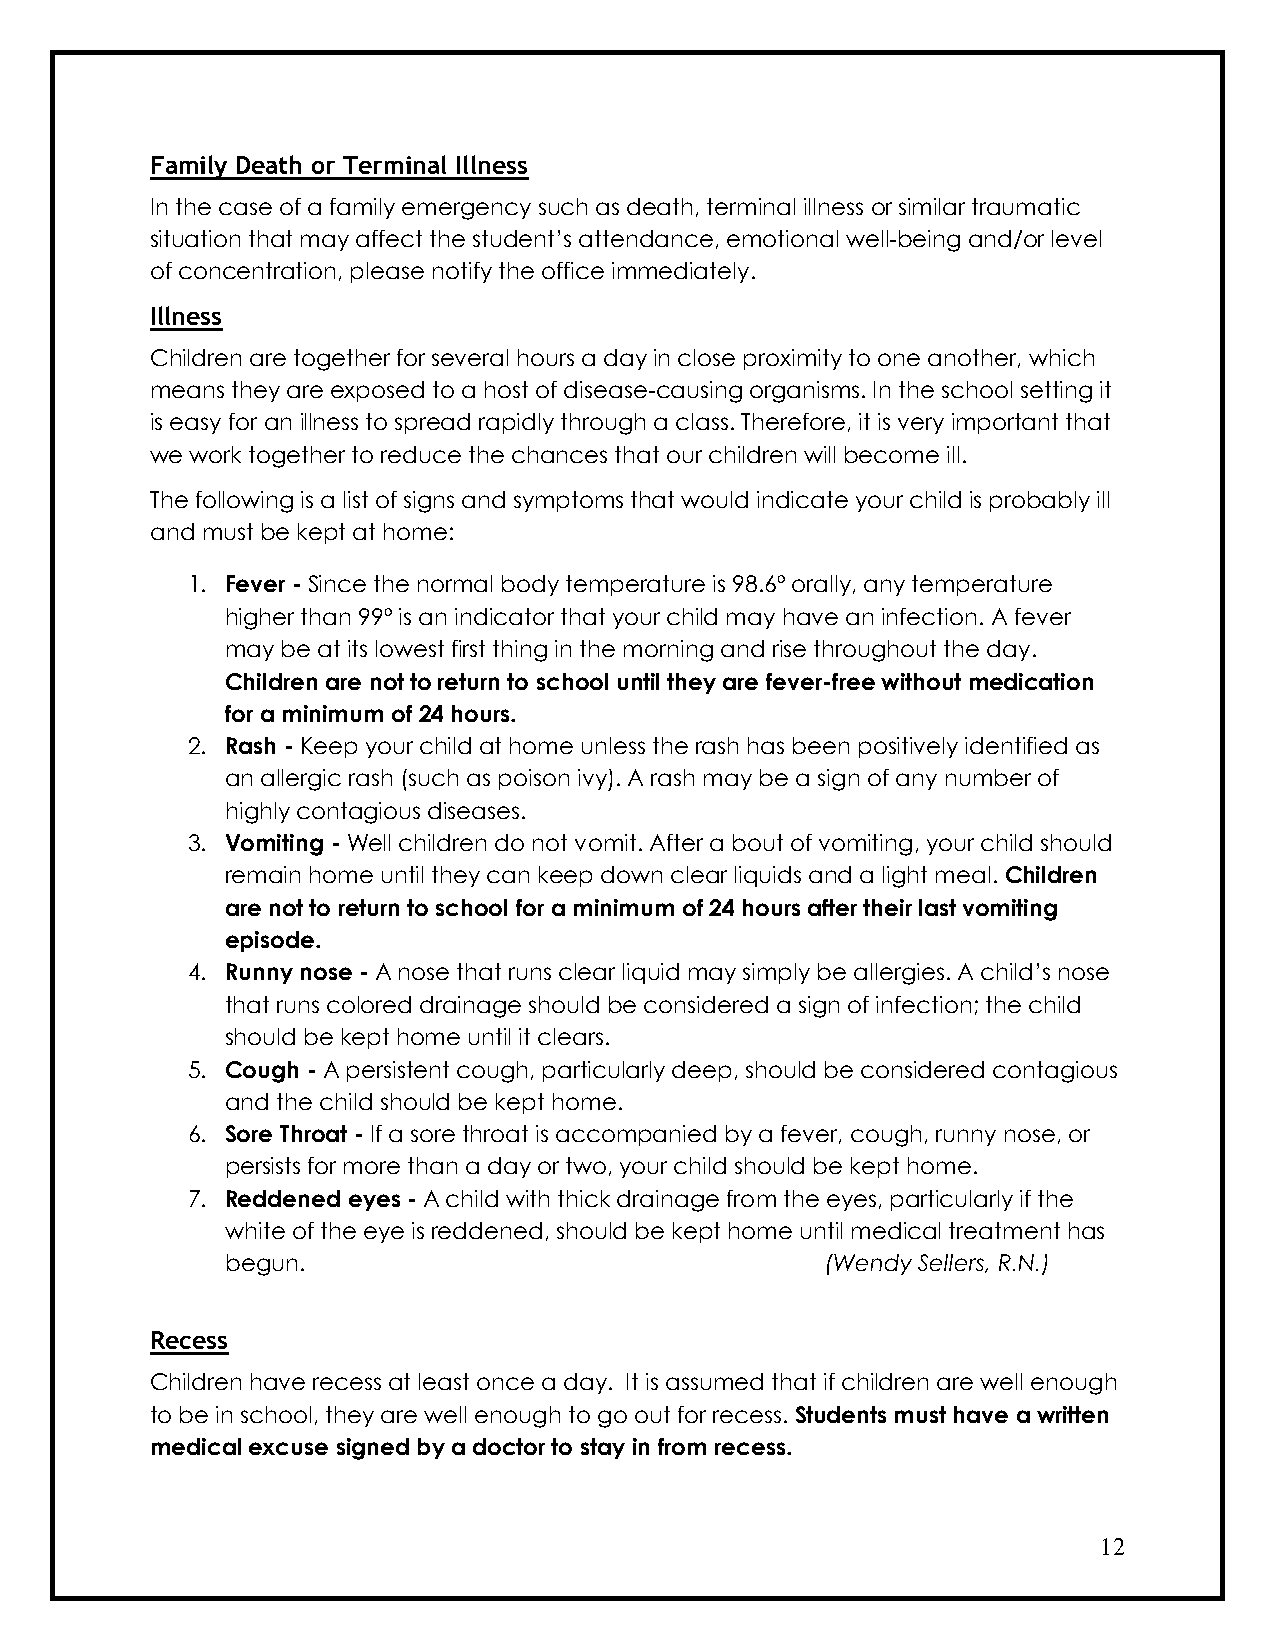
Family Death or Terminal Illness
 In the case of a family emergency such as death, terminal illness or similar traumatic
 situation that may affect the student’s attendance, emotional well-being and/or level
 of concentration, please notify the office immediately.
 Illness
 Children are together for several hours a day in close proximity to one another, which
 means they are exposed to a host of disease-causing organisms. In the school setting it
 is easy for an illness to spread rapidly through a class. Therefore, it is very important that
 we work together to reduce the chances that our children will become ill.
 The following is a list of signs and symptoms that would indicate your child is probably ill
 and must be kept at home:
 1. Fever - Since the normal body temperature is 98.6º orally, any temperature
 higher than 99º is an indicator that your child may have an infection. A fever
 may be at its lowest first thing in the morning and rise throughout the day.
 Children are not to return to school until they are fever-free without medication
 for a minimum of 24 hours.
 2. Rash - Keep your child at home unless the rash has been positively identified as
 an allergic rash (such as poison ivy). A rash may be a sign of any number of
 highly contagious diseases.
 3. Vomiting - Well children do not vomit. After a bout of vomiting, your child should
 remain home until they can keep down clear liquids and a light meal. Children
 are not to return to school for a minimum of 24 hours after their last vomiting
 episode.
 4. Runny nose - A nose that runs clear liquid may simply be allergies. A child’s nose
 that runs colored drainage should be considered a sign of infection; the child
 should be kept home until it clears.
 5. Cough - A persistent cough, particularly deep, should be considered contagious
 and the child should be kept home.
 6. Sore Throat - If a sore throat is accompanied by a fever, cough, runny nose, or
 persists for more than a day or two, your child should be kept home.
 7. Reddened eyes - A child with thick drainage from the eyes, particularly if the
 white of the eye is reddened, should be kept home until medical treatment has
 begun.                                  (Wendy Sellers, R.N.)
 Recess
 Children have recess at least once a day. It is assumed that if children are well enough
 to be in school, they are well enough to go out for recess. Students must have a written
 medical excuse signed by a doctor to stay in from recess.
 12